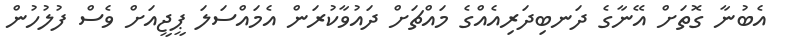
އެބުނާ ގޮތަށް އޭނާގެ ދަނބިދަރިއެއްގެ މައްޗަށް ދައުވާކުރަން އެމައްސަލަ ޕީޖީއަށް ވެސް ފުލުހުން